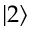
\lvert 2 \rangle